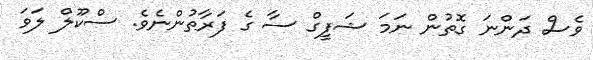
ވެސް ދަންނަ ގޮތުން ނަމަ ޝަފީގް ސާ ގެ ފަރާތުންނެވެ. ސްކޫލް ލަވަ